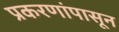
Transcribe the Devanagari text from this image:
प्रकरणांपासून